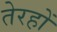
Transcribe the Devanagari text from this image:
तेरहों